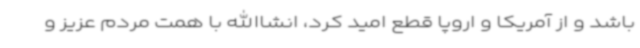
باشد و از آمریکا و اروپا قطع امید کرد، انشاالله با همت مردم عزیز و